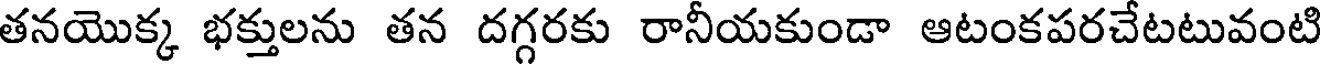
తనయొక్క భక్తులను తన దగ్గరకు రానీయకుండా ఆటంకపరచేటటువంటి